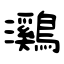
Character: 鸂